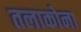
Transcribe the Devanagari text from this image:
तलाकोना